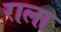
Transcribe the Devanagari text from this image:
राला